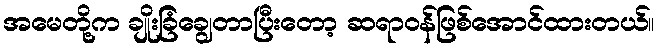
အမေတို့က ချိုးခြံချွေတာပြီးတော့ ဆရာဝန်ဖြစ်အောင်ထားတယ်။